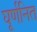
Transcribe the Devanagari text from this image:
घूर्णनित